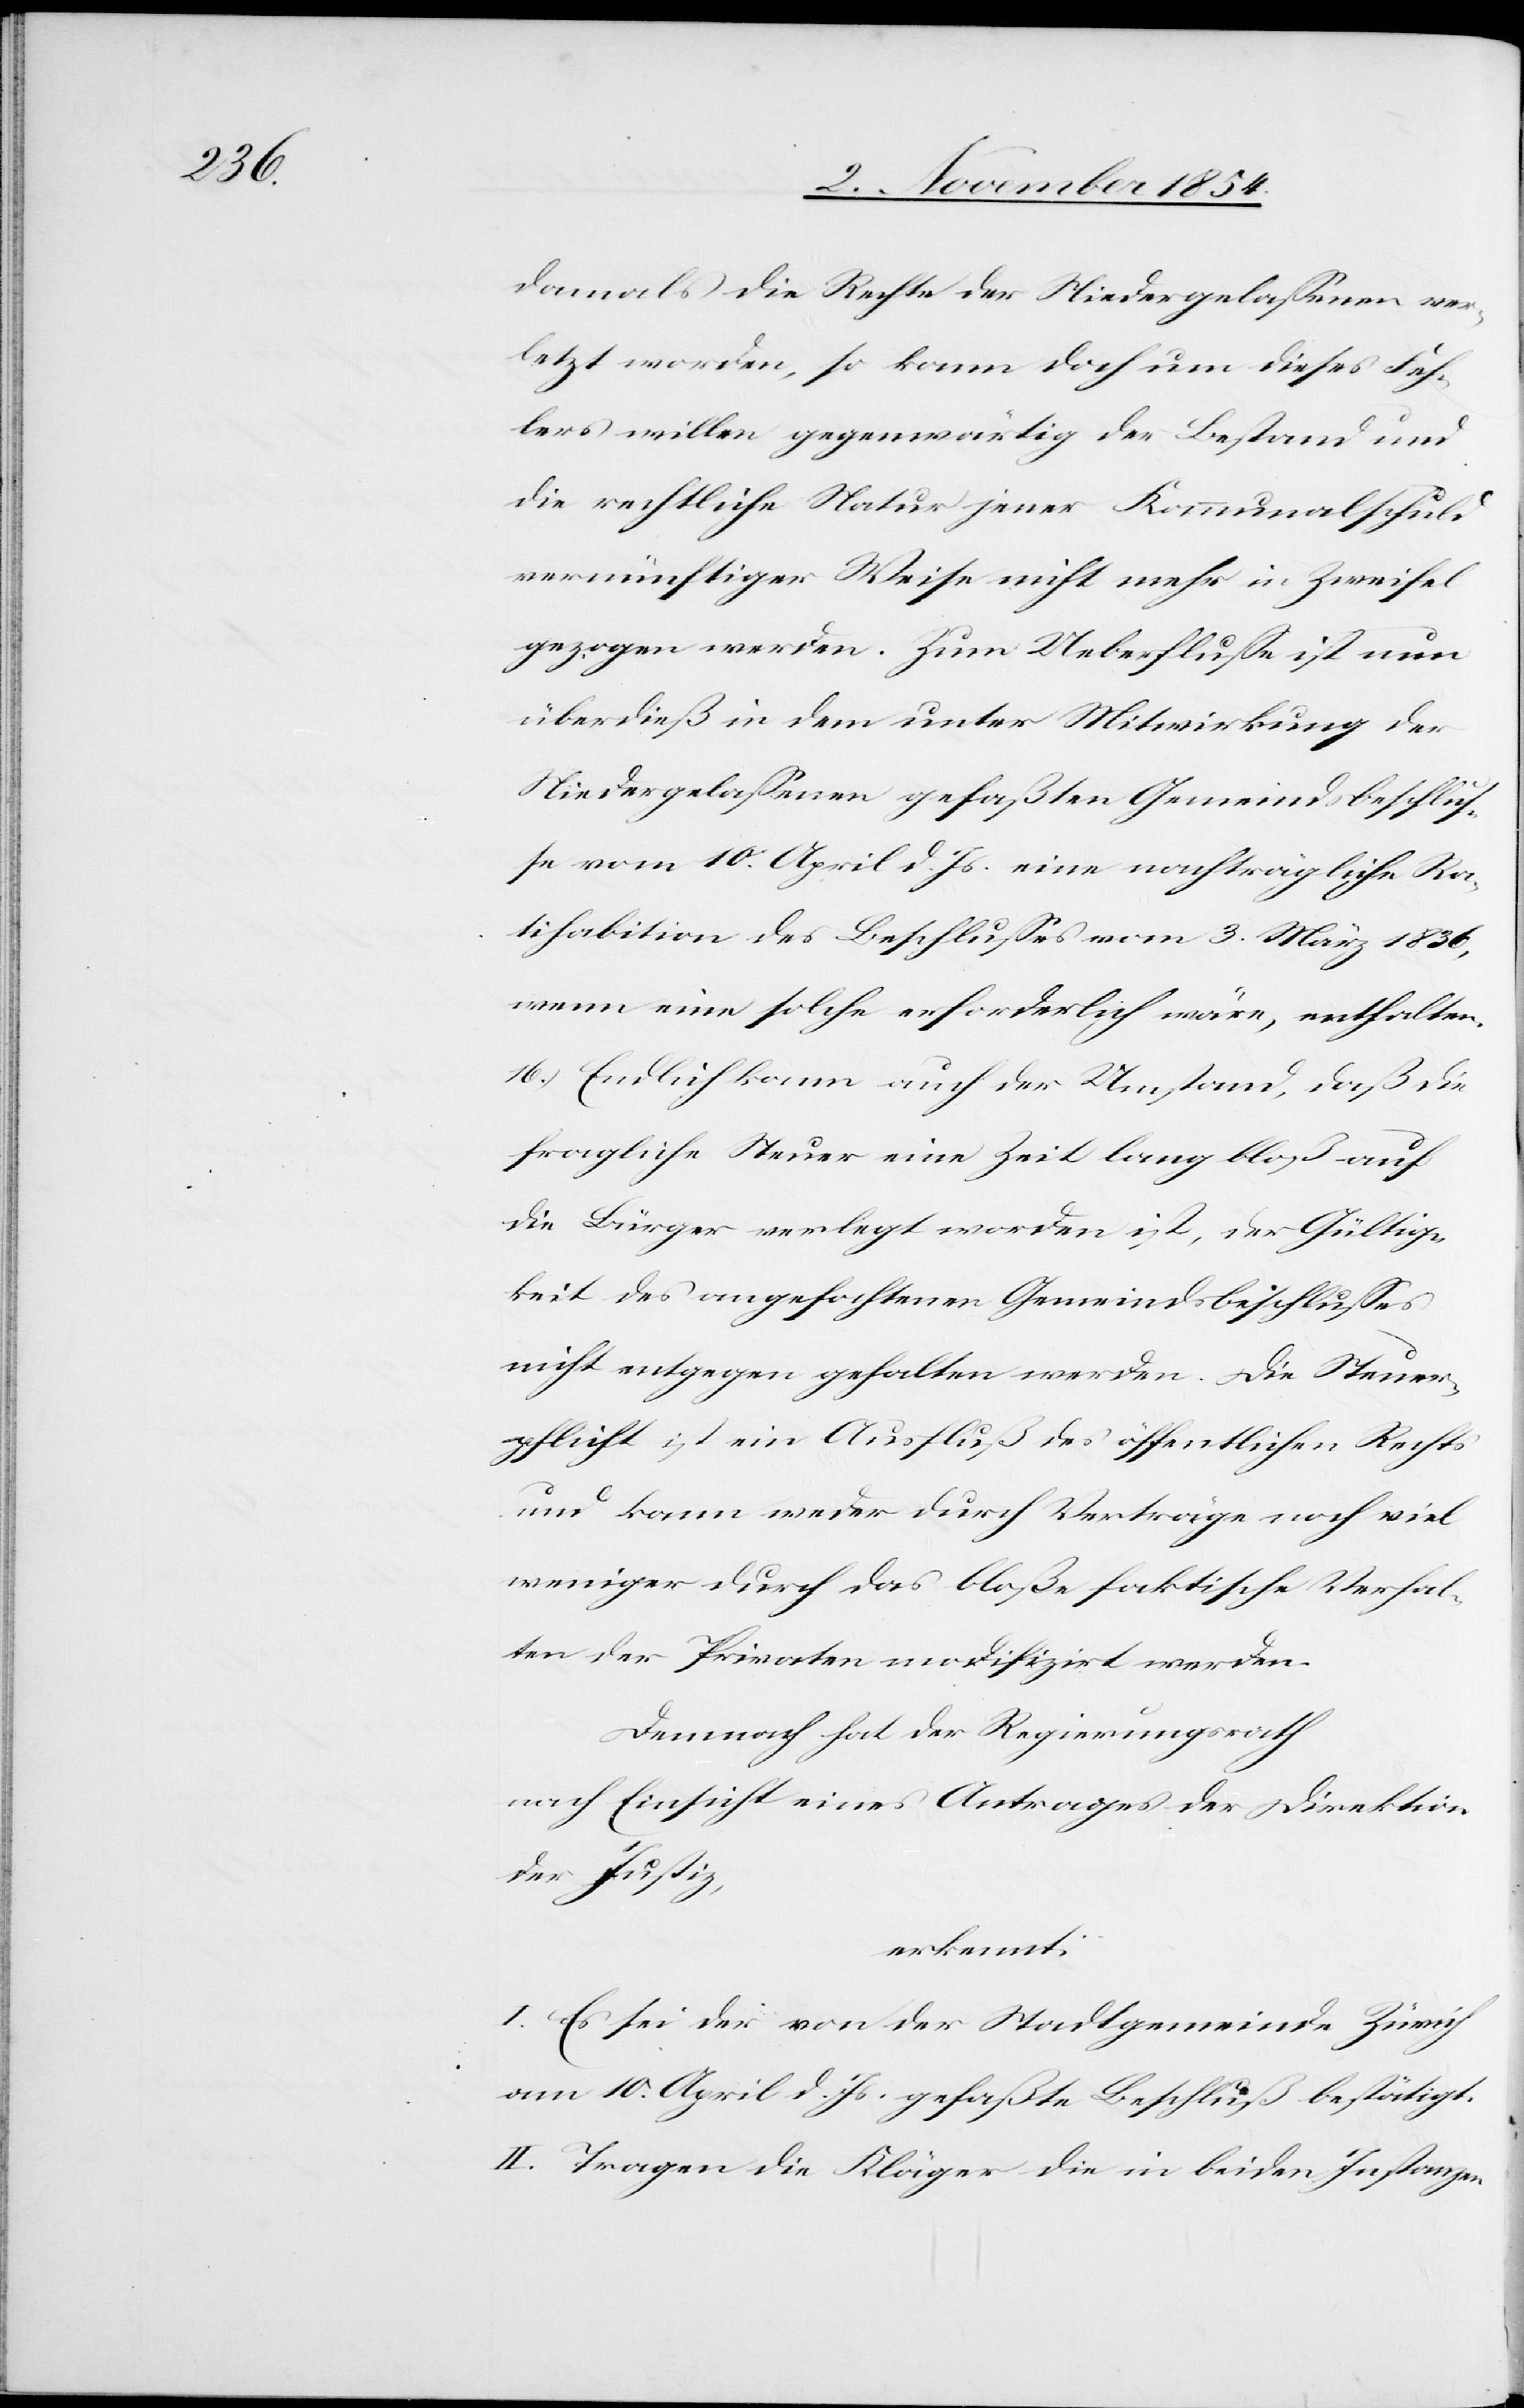
damals die Rechte der Niedergelaßenen ver¬
letzt worden, so kann doch um dieses Feh¬
lers willen gegenwärtig der Bestand und
die rechtliche Natur jener Kommunalschuld
vernünftiger Weise nicht mehr in Zweifel
gezogen werden. Zum Ueberfluße ist nun
überdies in dem unter Mitwirkung der
Niedergelaßenen gefaßten Gemeindsbeschluß¬
e vom 10. April d. Js. eine nachträgliche Ra¬
tihabition des Beschlußes vom 3. März 1836,
wenn eine solche erforderlich wäre, enthalten.
16.) Endlich kann auch der Umstand, daß die
fragliche Steuer eine Zeit lang bloß auf
die Bürger verlegt worden ist, der Gültig¬
keit des angefochtenen Gemeindsbeschlußes
nicht entgegen gehalten werden. Die Steuer¬
pflicht ist ein Ausfluß des öffentlichen Rechts
und kann weder durch Verträge noch viel
weniger durch das bloße faktische Verhal¬
ten der Privaten modifizirt werden.
Demnach hat der Regierungsrath
nach Einsicht eines Antrages der Direktion
der Justiz,
erkennt:
I. Es sei der von der Stadtgemeinde Zürich
am 10. April d. Js. gefaßte Beschluß bestätigt.
II. Tragen die Kläger die in beiden Instanzen